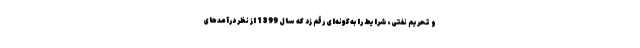
و تحریم نفتی، شرایط را به‌گونه‌ای رقم زد که سال 1399 از نظر درآمدهای